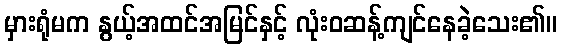
မှားရုံမက နွယ့်အထင်အမြင်နှင့် လုံးဝဆန့်ကျင်နေခဲ့သေး၏။